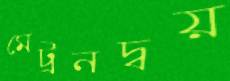
মেট্রনদ্বয়